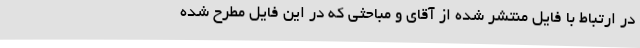
در ارتباط با فایل منتشر شده از آقای و مباحثی که در این فایل مطرح شده